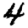
Digit: 4